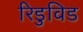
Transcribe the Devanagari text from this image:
रिडुविड